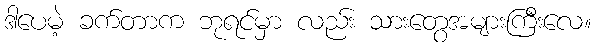
ဒါပေမဲ့ ခက်တာက ဘုရင်မှာ လည်း သားတွေအများကြီးလေ။